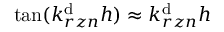
\tan ( k _ { r z n } ^ { \mathrm { d } } h ) \approx k _ { r z n } ^ { \mathrm { d } } h